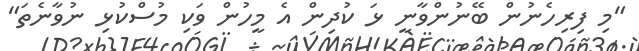
"މި ފިރިހެނުން ބޭނުންވާނީ ޅަ ކުދިން އެ މީހުން ވަކި މުސްކުޅި ނުވާނެތަ"